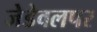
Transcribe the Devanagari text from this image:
जेडेवलपर